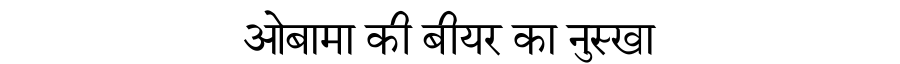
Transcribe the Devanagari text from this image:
ओबामा की बीयर का नुस्खा